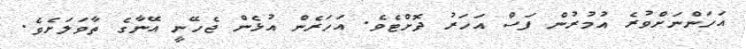
އަހަންނަށްވުރެ އުމުރުން ފަސް އަހަރު ދޮށްޓެވެ. އަހަރެން އުޅެން ޖެހޭނީ އޭނާގެ ތާވަލަށެވެ.